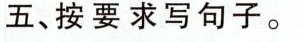
五、按要求写句子。